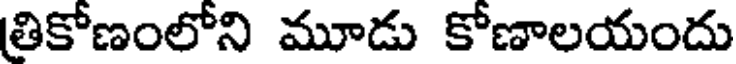
తికోణంలోని మూడు కోణాలయందు